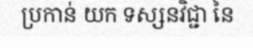
ប្រកាន់ យក ទស្សនវិជ្ជា នៃ